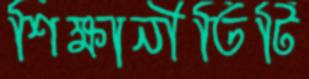
শিক্ষানীতিটি